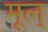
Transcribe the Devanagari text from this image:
मूल्